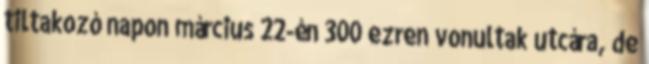
tiltakozó napon március 22-én 300 ezren vonultak utcára, de